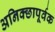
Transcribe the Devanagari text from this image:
अनिक्छापूर्वक